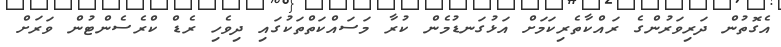
އެގޮތުން ދަރިވަރުންގެ ރައްކާތެރިކަމަށް އަޅުގަނޑުމެން ކުރާ މަސައްކަތްތަކުގައި ދިވެހި ރެޑް ކްރެސެންޓުން ވަރަށް